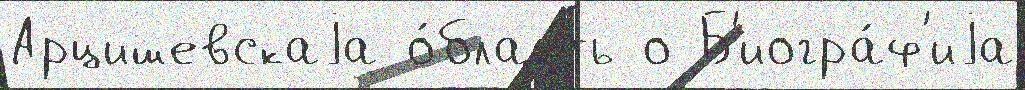
Арцишевскаjа о́бласть о Б'иогра́ф'иjа